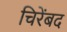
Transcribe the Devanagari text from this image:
चिरेंबद